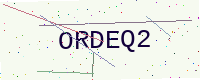
Text: ORDEQ2